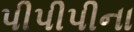
પીપીપીના